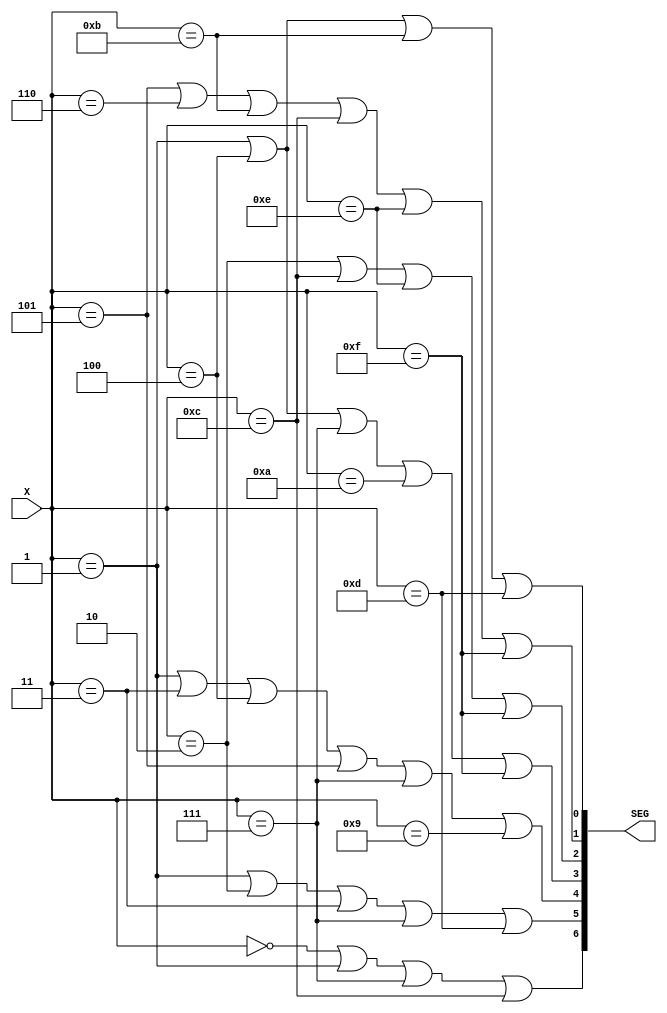
`timescale 1ns / 1ps
//////////////////////////////////////////////////////////////////////////////////
// Company: 
// Engineer: 
// 
// Design Name: 
// Module Name:    HEX_7seg 
// Project Name: 
// Target Devices: 
// Tool versions: 
// Description: 
//
// Dependencies: 
//
// Revision: 
// Revision 0.01 - File Created
// Additional Comments: 
//
//////////////////////////////////////////////////////////////////////////////////
module HEX_7seg(
	input wire[3:0] X,
	output wire[6:0] SEG
);

  assign SEG[0]= X==1
				| X==4
				| X==11
				| X==13;
	
	assign SEG[1]= X==5
				| X==6
				| X==11
				| X==12
				| X==14
				| X==15;
	
	assign SEG[2]= X==2
				| X==12
				| X==14
				| X==15;
	
	assign SEG[3]= X==1
				| X==4
				| X==7
				| X==10
				| X==15;
	
	assign SEG[4]= X==1
				| X==3
				| X==4
				| X==5
				| X==7
				| X==9;
	
	assign SEG[5]= X==1
				| X==2
				| X==3
				| X==7
				| X==13;
	
	assign SEG[6]= X==0
				| X==1
				| X==7
				| X==12;

endmodule